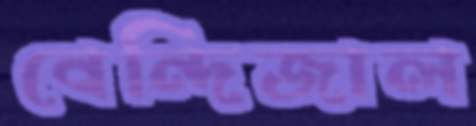
বেন্দিজাল